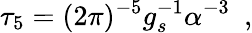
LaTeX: \tau_{5}=(2\pi)^{-5}g_{s}^{-1}\alpha^{-3}~~,